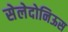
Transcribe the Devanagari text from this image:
सेलेदोनिऊस